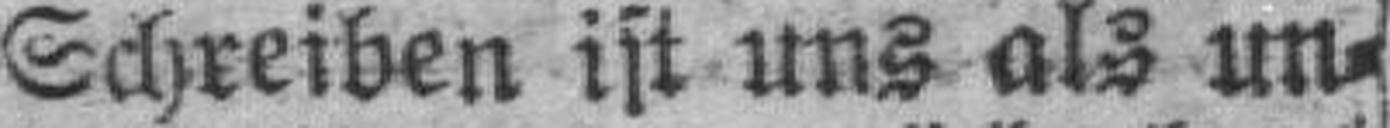
Schreiben ist uns als un¬